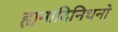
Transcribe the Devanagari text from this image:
ह्यनादिनिधनो